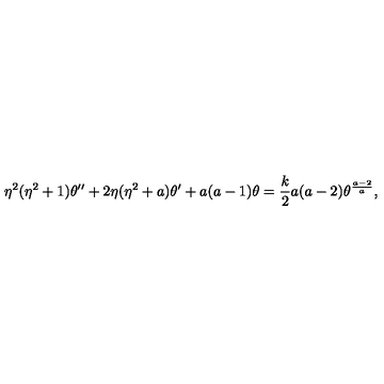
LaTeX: \eta ^ { 2 } ( \eta ^ { 2 } + 1 ) \theta ^ { \prime \prime } + 2 \eta ( \eta ^ { 2 } + a ) \theta ^ { \prime } + a ( a - 1 ) \theta = { \frac { k } { 2 } } a ( a - 2 ) \theta ^ { \frac { a - 2 } { a } } ,